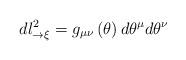
LaTeX: \begin{align*}dl_{\rightarrow\xi}^{2}=g_{\mu\nu}\left( \theta\right)d\theta^{\mu}d\theta^{\nu} \end{align*}